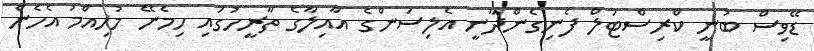
ޑޭވިސް ބުނީ ކްރިސްޓަލް ފެނިގެންދާނީ އެލިސަންގެ އާއިލާގެ ތާރީހުގައި ހިމެނޭ މުހިއްމު އެހެން